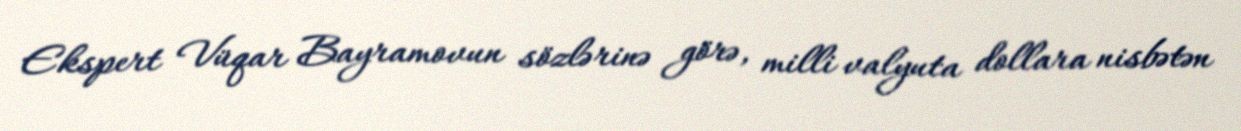
Ekspert Vüqar Bayramovun sözlərinə görə, milli valyuta dollara nisbətən